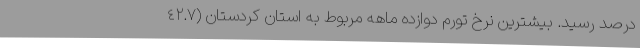
درصد رسید. بیشترین نرخ تورم دوازده ماهه مربوط به استان کردستان (٤٢.٧